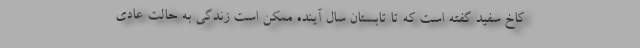
کاخ سفید گفته است که تا تابستان سال آینده ممکن است زندگی به حالت عادی